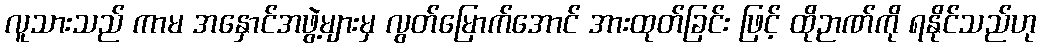
လူသားသည် ကာမ အနှောင်အဖွဲ့များမှ လွတ်မြောက်အောင် အားထုတ်ခြင်း ဖြင့် ထိုဉာဏ်ကို ရနိုင်သည်ဟု